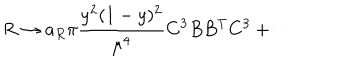
R \to a _ { R } \pi \frac { y ^ { 2 } ( 1 - y ) ^ { 2 } } { \mu ^ { 4 } } { C ^ { 3 } } B B ^ { \mathrm { T } } { C ^ { 3 } } + \cdots